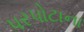
પરપોટાના